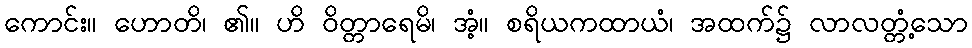
ကောင်း။ ဟောတိ၊ ၏။ ဟိ ဝိတ္တာရေမိ၊ အံ့။ စရိယကထာယံ၊ အထက်၌ လာလတ္တံ့သော